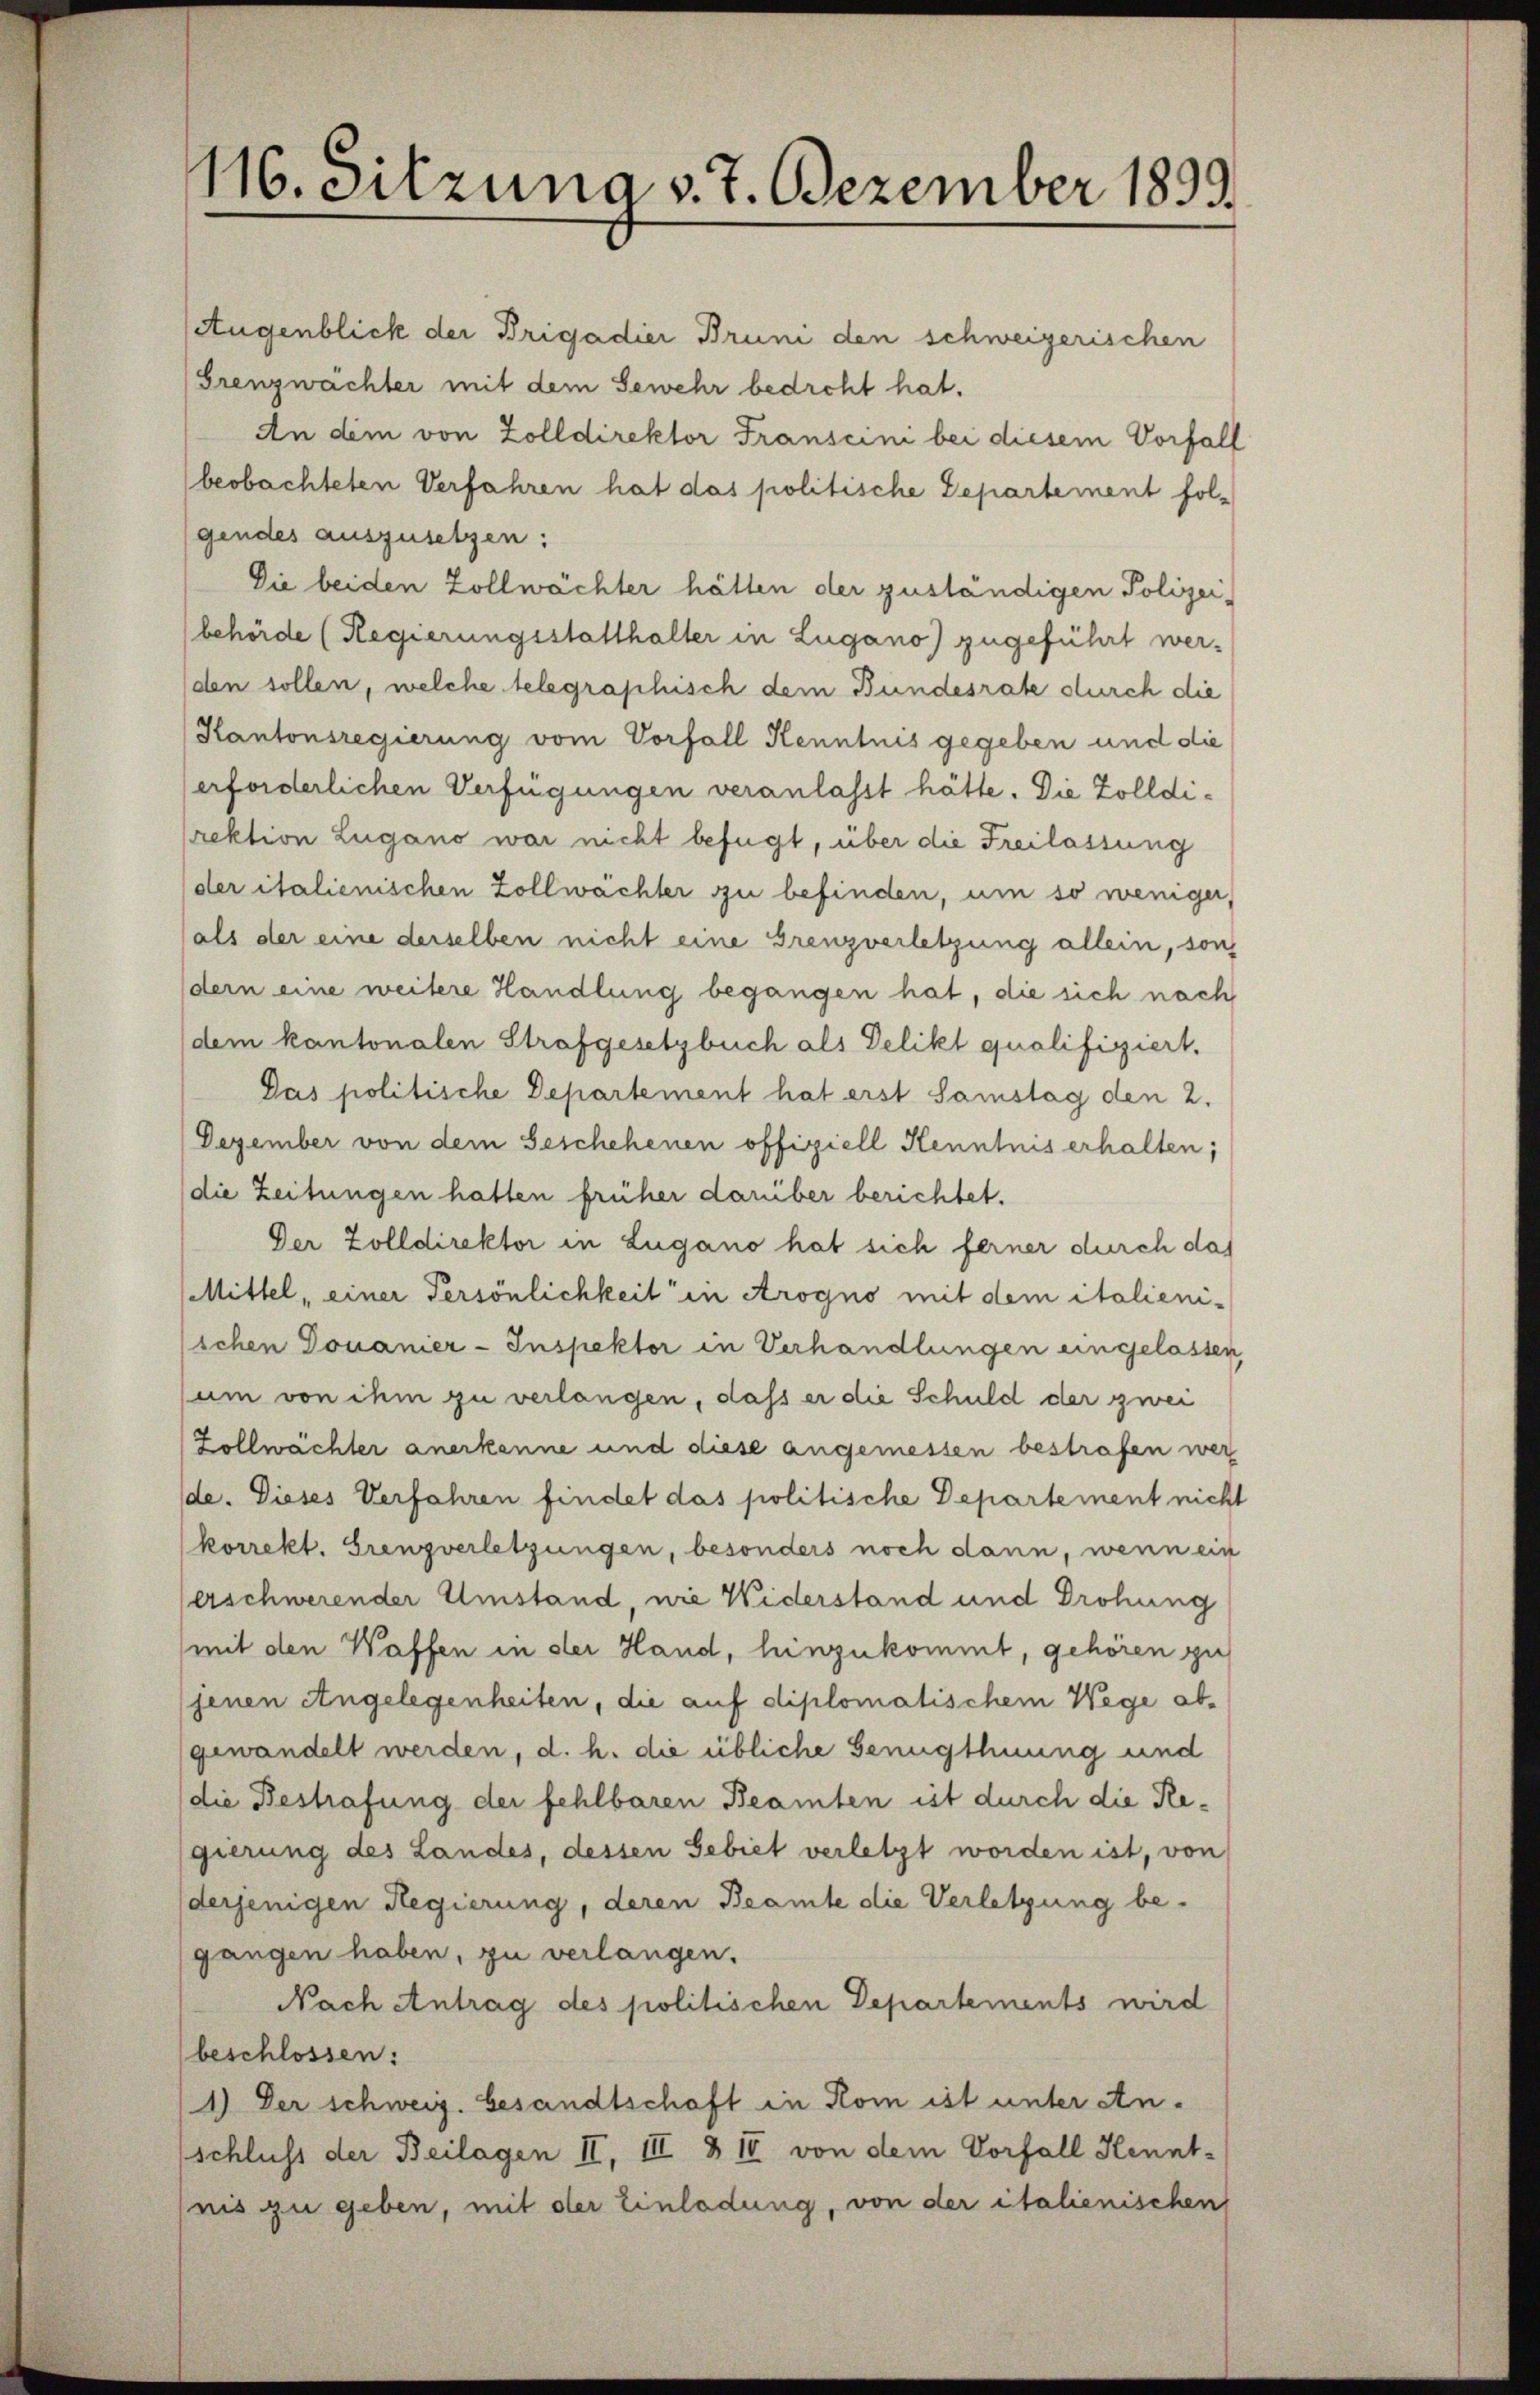
116. Sitzung v. 7. Dezember 1899.

Augenblick der Brigadier Bruni den schweizerischen
Grenzwachter mit dem Gewehr bedroht hat.
An dem von Zolldirektor Franscini bei diesem Vorfall
beobachteten Verfahren hat das politische Departement fol-
gendes auszusetzen:
Die beiden Zollwächter hätten der zuständigen Polizei-
(behörde (Regierungsstatthalter in Lugano zugeführt werden sollen, welche telegraphisch dem Bundesrate durch die
Kantonsregierung vom Vorfall Kenntnis gegeben und die
erforderlichen Verfügungen veranlasst hätte. Die Zolldi¬
(rektion Zugano war nicht befügt, über die Freilassung
der italienischen Zollwächter zu befinden, um so weniger,
(als der eine derselben nicht eine Grenzverletzung allein, sondern eine weitere Handlung begangen hat, die sich nach
(dem kantonalen Strafgesetzbuch als Delikt qualifiziert.
Das politische Departement hat erst Samstag den 2.
Dezember von dem Geschehenen offiziell Kenntnis erhalten;
(die Zeitungen hatten früher darüber berichtet.
Der Zolldirektor in Lugano hat sich ferner durch das
Mittel, einer Persönlichkeit in Arogno mit dem italieniichen Douanier-Inspektor in Verhandlungen eingelassen,
um von ihm zu verlangen, dass er die Schuld der zwei
Zollwächter anerkenne und diese angemessen bestrafen wer
de. Dieses Verfahren findet das politische Departement nicht
korrekt. Grenzverletzungen, besonders noch dann, wenn ein
erschwerender Umstand, wie Widerstand und Drohung
mit den Waffen in der Hand, hinzukommt, gehören zu
(jenen Angelegenheiten, die auf diplomatischem Wege abgewandelt werden, d. h. die übliche Genugthuung und
(die Bestrafung der fehlbaren Beamten ist durch die Regierung des Landes, dessen Gebiet verletzt worden ist, von
derjenigen Regierung, deren Beamte die Verletzung begangen haben, zu verlangen.
Nach Antrag des politischen Departements wird
beschlossen:
1.) Der schweiz. Gesandtschaft in Rom ist unter Anschluss der Beilagen II, III 8 II von dem Vorfall Kennt-
nis zu geben, mit der Einladung, von der italienischen